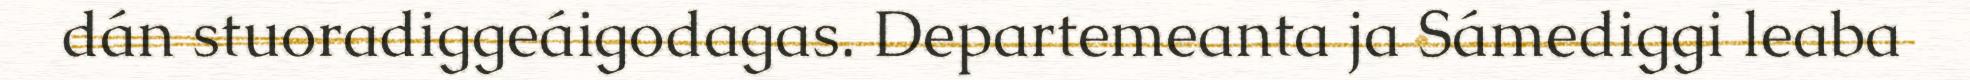
dán stuoradiggeáigodagas. Departemeanta ja Sámediggi leaba